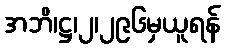
အဘိ၊ဋ္ဌ၊၂၊၂၉၆မှယူရန်